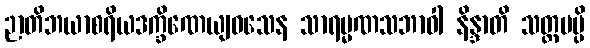
ဉာတိဘယာစရိယဒက္ခိဏေယျဝသေန သာရမ္မဏသဘာဝါ နိန္ဒာတိ သတ္တမမ္ပိ